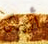
أنيكا